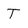
Character: T